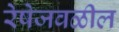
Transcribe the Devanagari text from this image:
रेषेजवळील